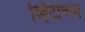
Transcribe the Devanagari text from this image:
व्हिटीन्गम